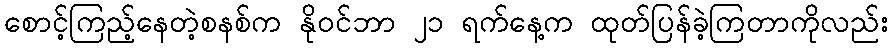
စောင့်ကြည့်နေတဲ့စနစ်က နိုဝင်ဘာ ၂၁ ရက်နေ့က ထုတ်ပြန်ခဲ့ကြတာကိုလည်း